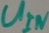
Text: UIN